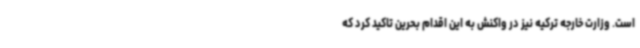
است. وزارت خارجه ترکیه نیز در واکنش به این اقدام بحرین تاکید کرد که